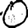
Digit: 0